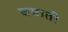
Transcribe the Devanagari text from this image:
बयाती